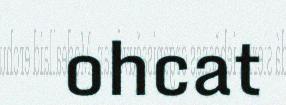
ohcat